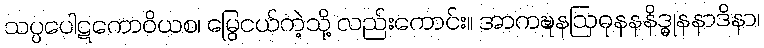
သပ္ပပေါဋကောဝိယစ၊ မြွေငယ်ကဲ့သို့ လည်းကောင်း။ အာကဍ္ဎနဩဓုနနနိဒ္ဓုနနာဒိနာ၊